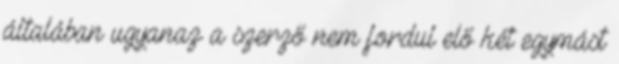
általában ugyanaz a szerző nem fordul elő két egymást